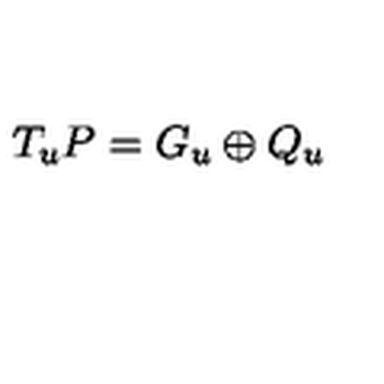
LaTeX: T _ { u } P = G _ { u } \oplus Q _ { u }